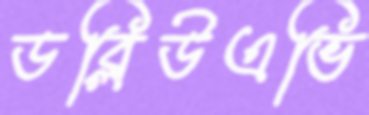
ডব্লিউএভি